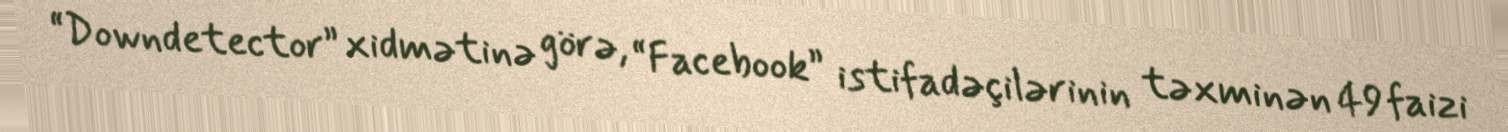
“Downdetector” xidmətinə görə, “Facebook” istifadəçilərinin təxminən 49 faizi